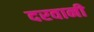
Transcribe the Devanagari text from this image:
दरवानी